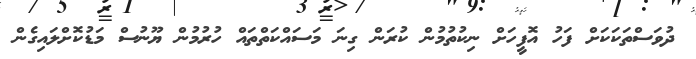
ދުވަސްތަކަކަށް ފަހު އޮފީހަށް ނިކުތުމުން ކުރަން ގިނަ މަސައްކަތްތައް ހުރުމުން ޔޫނުސް މަޑުކޮށްލައިގެން